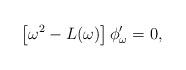
LaTeX: \begin{align*}\left[\omega^2-L(\omega)\right]\phi'_\omega=0,\end{align*}